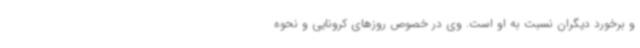
و برخورد دیگران نسبت به او است. وی در خصوص روزهای کرونایی و نحوه